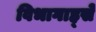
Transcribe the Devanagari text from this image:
विभागाह्से